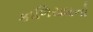
કાળિયારનો